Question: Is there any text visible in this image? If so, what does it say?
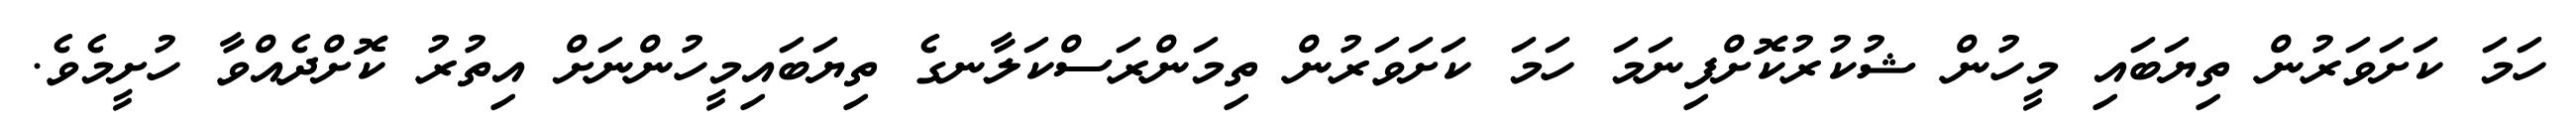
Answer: ހަމަ ކަށަވަރުން ތިޔަބައި މީހުން ޝުކުރުކޮށްފިނަމަ ހަމަ ކަށަވަރުން ތިމަންރަސްކަލާނގެ ތިޔަބައިމީހުންނަށް އިތުރު ކޮށްދެއްވާ ހުށީމެވެ.